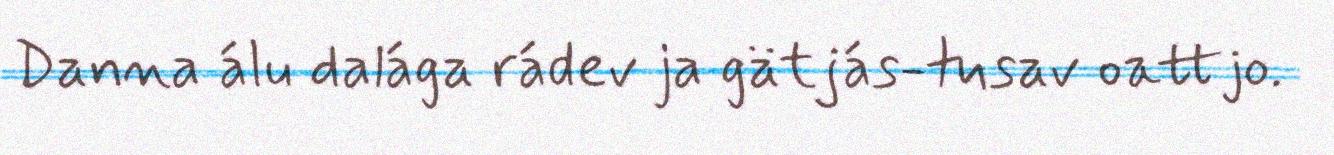
Danna álu dalága rádev ja gätjás-tusav oattjo.